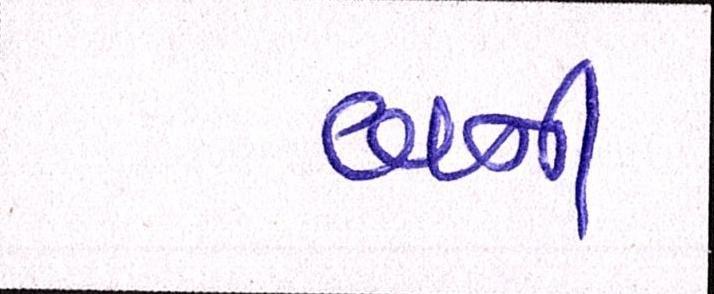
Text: બની